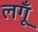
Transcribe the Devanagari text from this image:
लगूँ